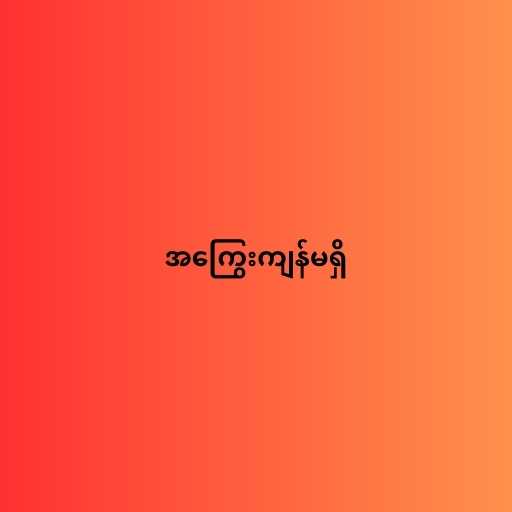
အကြွေးကျန်မရှိ